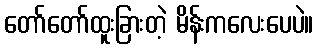
တော်တော်ထူးခြားတဲ့ မိန်းကလေးပေပဲ။